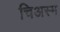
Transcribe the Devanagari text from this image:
चिअस्म